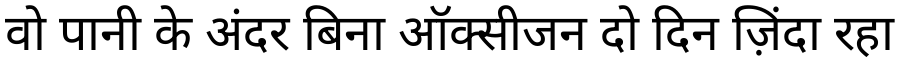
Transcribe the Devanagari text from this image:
वो पानी के अंदर बिना ऑक्सीजन दो दिन ज़िंदा रहा